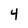
Character: 4